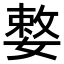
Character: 𡠼